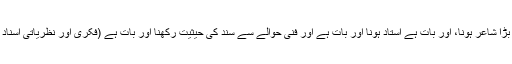
میرا نکتہ یہ ہے کہ: بڑا شاعر ہونا، اور بات ہے استاد ہونا اور بات ہے اور فنی حوالے سے سند کی حیثیت رکھنا اور بات ہے (فکری اور نظریاتی اسناد کا معاملہ یہاں نہیں)۔